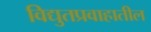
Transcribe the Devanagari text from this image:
विद्युतप्रवाहातील